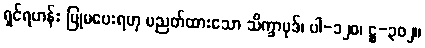
ရှင်ရဟန်း ပြုမပေးရဟု ပညတ်ထားသော သိက္ခာပုဒ်၊ ပါ-၁၂၀၊ ဋ္ဌ-၃၀၂။